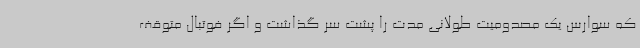
که سوارس یک مصدومیت طولانی مدت را پشت سر گذاشت و اگر فوتبال متوقف